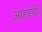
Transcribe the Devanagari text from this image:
आहरणों